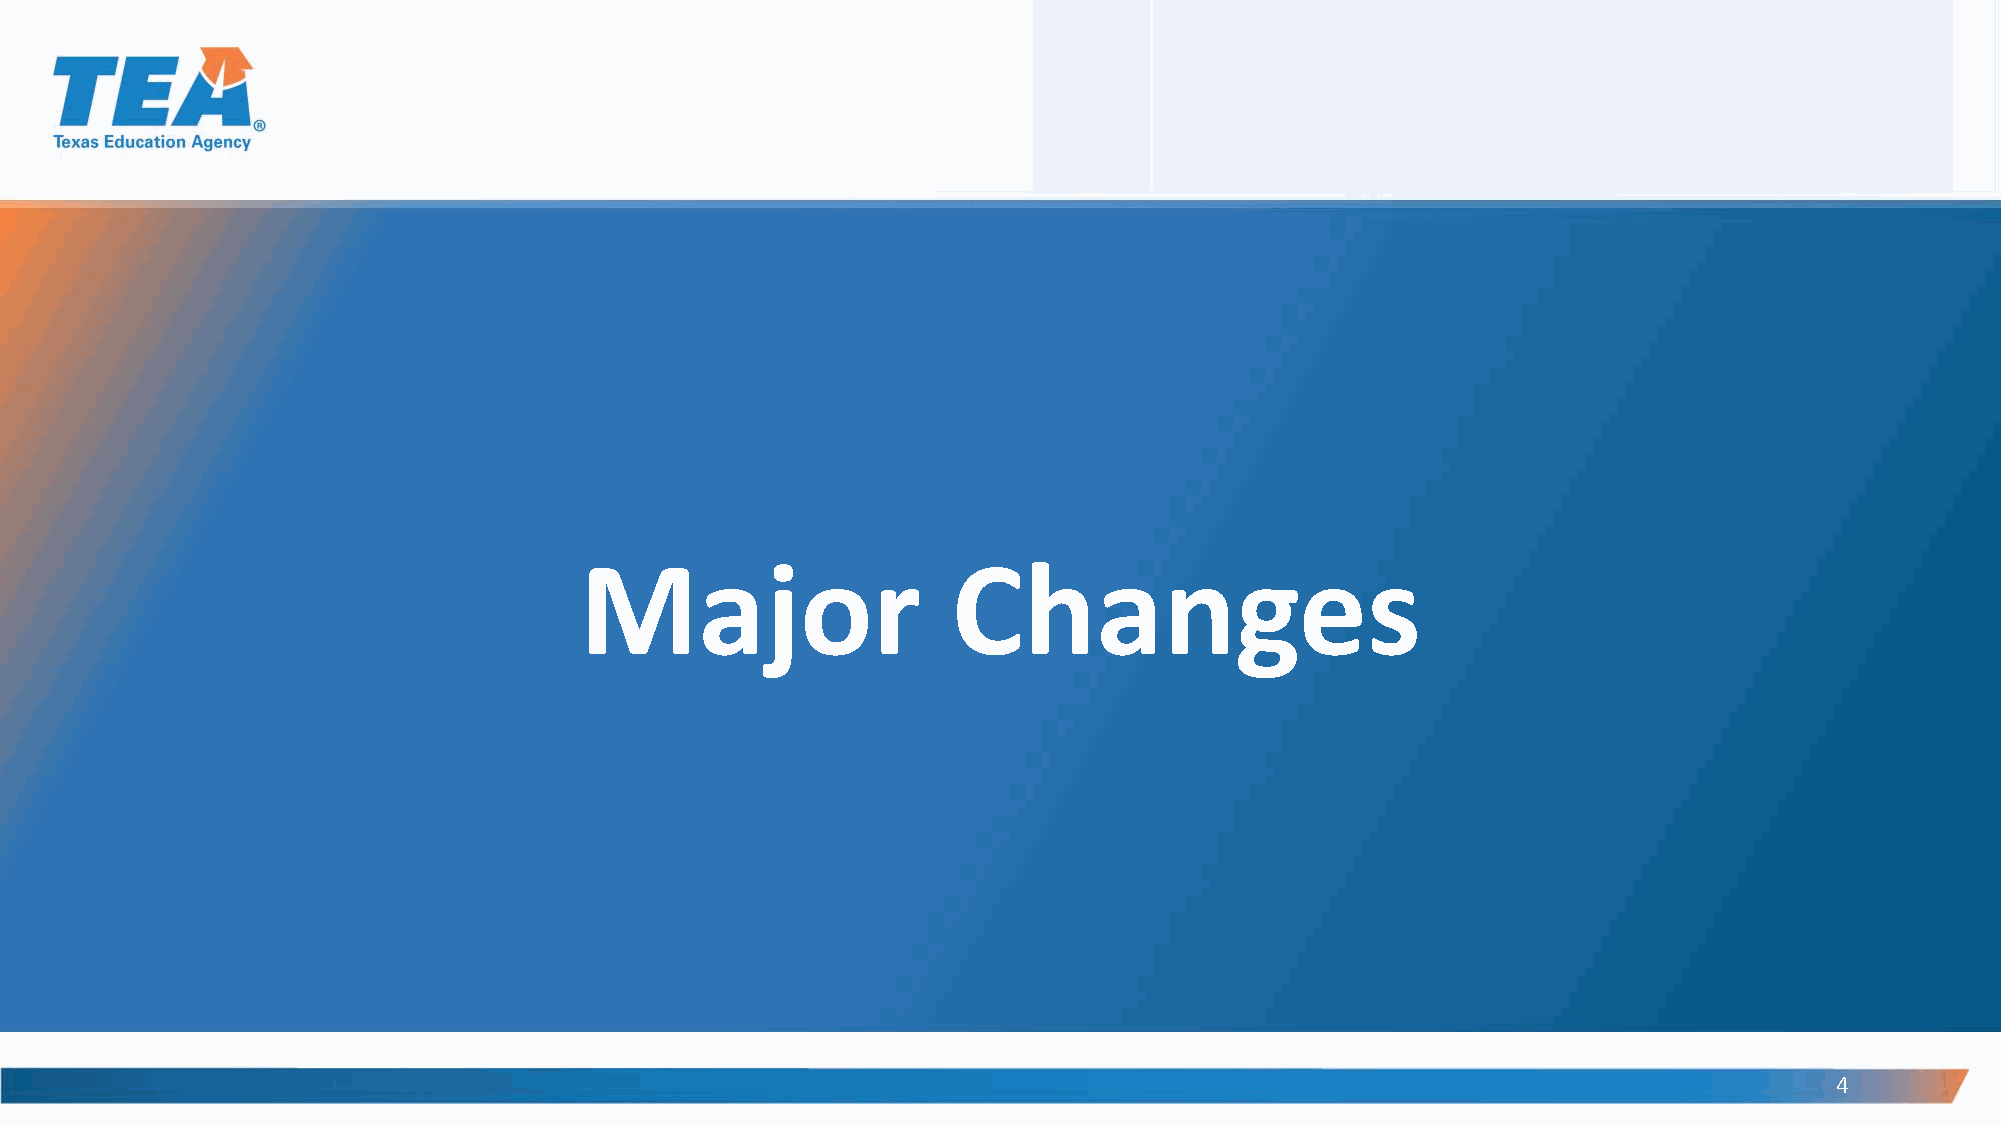
Major                    Changes
 4